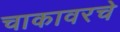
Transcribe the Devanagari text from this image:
चाकावरचे